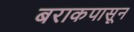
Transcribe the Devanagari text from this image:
बराकपासून